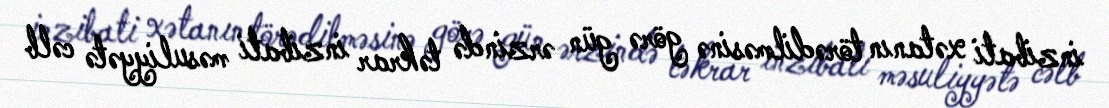
inzibati xətanın törədilməsinə görə gün ərzində təkrar inzibati məsuliyyətə cəlb